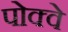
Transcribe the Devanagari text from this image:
पोक्वे